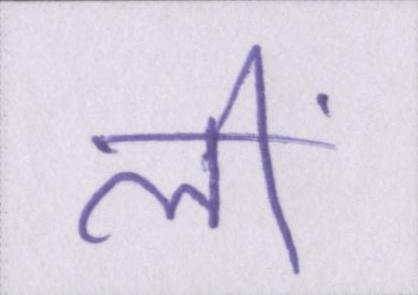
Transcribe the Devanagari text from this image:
लीं